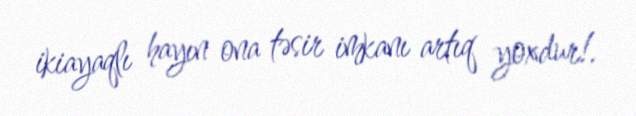
ikiayaqlı hayın ona təsir imkanı artıq yoxdur!.